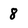
Character: 8